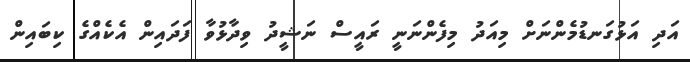
އަދި އަޅުގަނޑުމެންނަށް މިއަދު މިފެންނަނީ ރައީސް ނަޝީދު ވިދާޅުވާ ފަދައިން އެކެއްގެ ކިބައިން